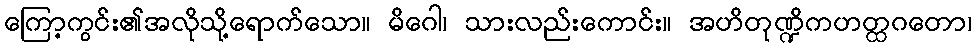
ကြော့ကွင်း၏အလိုသို့ရောက်သော။ မိဂေါ၊ သားလည်းကောင်း။ အဟိတုဏ္ဍိကဟတ္ထဂတော၊